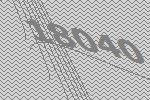
18040